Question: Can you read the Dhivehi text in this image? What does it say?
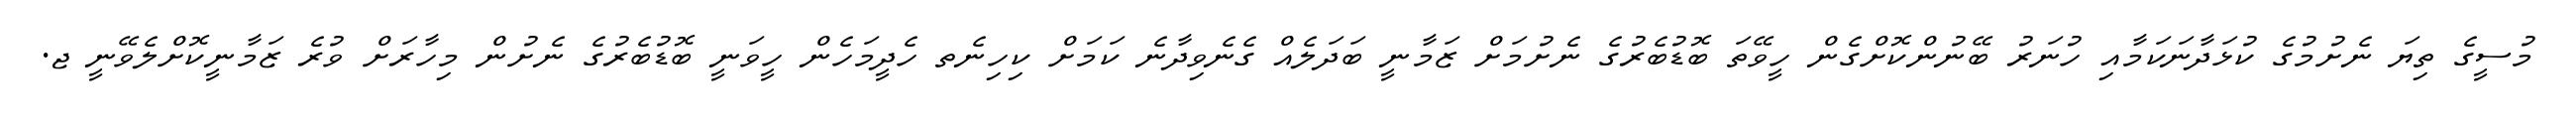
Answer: މުސީގެ ތިޔަ ނެށުމުގެ ކުޅަދާނަކަމާއި ހުނަރު ބޭނުންކޮށްގެން ހީވޭތަ ބޮޑުބެރުގެ ނެށުމަށް ޒަމާނީ ބަދަލެއް ގެނެވިދާނެ ކަމަށް ކިހިނެތ ހެދީމަހެން ހީވަނީ ބޮޑުބެރުގެ ނެށުން މިހާރަށް ވުރެ ޒަމާނީކޮށްލެވޭނީ ޖ.